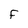
Character: F